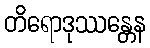
တိရောဒုဿန္တေန